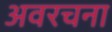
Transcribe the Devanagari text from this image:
अवरचना